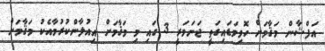
އަފްޝާން މަޤާމަށް ހޮވިވަޑައިގަތީ ޖަނަވަރީ 3 ގައި މި މަޤާމަށް އިއުލާންކުރުމާއެކު މަޤާމަށް